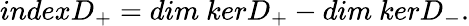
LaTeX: indexD_{+}=dim{\ }kerD_{+}-dim{\ }kerD_{-}.